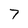
Character: 7